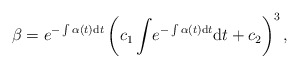
\begin{align*}\beta=e^{-\int \alpha(t) {\rm d}t}\left(c_1\int\! e^{-\int \alpha(t) {\rm d}t}{\rm d}t+c_2\right)^3,\end{align*}